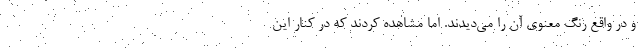
و در واقع رنگ معنوی آن را می‌دیدند. اما مشاهده کردند که در کنار این